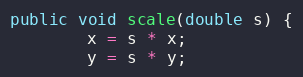
Language: Java
public void scale(double s) {
        x = s * x;
        y = s * y;